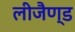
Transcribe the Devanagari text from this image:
लीजैण्ड